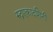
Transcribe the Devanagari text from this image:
रुद्रएकादशिनी